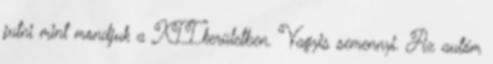
jutni mint mondjuk a XII.kerületben. Vagyis semennyi. Az autóm